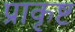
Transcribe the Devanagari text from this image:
प्राकृष्ट